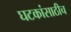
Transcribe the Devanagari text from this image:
घटकांसाठीच